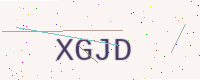
Text: XGJD